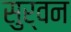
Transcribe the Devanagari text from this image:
सुर्वन